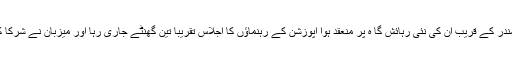
اپوزیشن رہنماؤں کا یہ اجلاس مرتضیٰ جتوئی کی ساحل سمندر کے قریب ان کی نئی رہائش گا ہ پر منعقد ہوا اپوزشن کے رہنماؤں کا اجلاس تقریباً تین گھنٹے جاری رہا اور میزبان نے شرکا کے بیٹھنے کا انتظام اپنے سوئمنگ پول کے قریب کیا تھا ۔